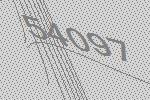
54097